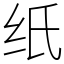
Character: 纸